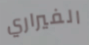
الفيراري